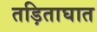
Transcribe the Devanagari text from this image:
तड़िताघात